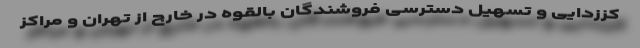
کززدایی و تسهیل دسترسی فروشندگان بالقوه در خارج از تهران و مراکز